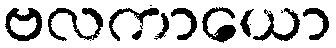
ဗလကာယော